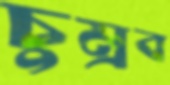
চুম্‌রব